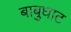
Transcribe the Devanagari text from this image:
बाबुघाट